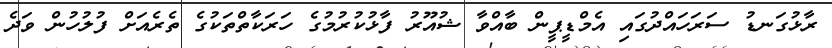
ރާޅުގަނޑު ސަރަހައްދުގައި އެމްޑީޕީން ބާއްވާ ޝުއޫރު ފާޅުކުރުމުގެ ހަރަކާތްތަކުގެ ތެރެއަށް ފުލުހުން ވަދެ